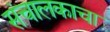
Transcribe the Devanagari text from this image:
संचालकाचा